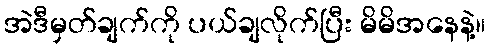
အဲဒီမှတ်ချက်ကို ပယ်ချလိုက်ပြီး မိမိအနေနဲ့။